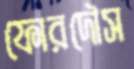
ফোরদৌস